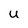
Character: u